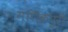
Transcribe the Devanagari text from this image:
मणिकपुरी